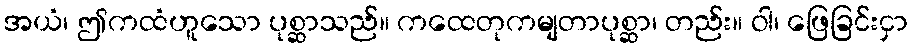
အယံ၊ ဤကထံဟူသော ပုစ္ဆာသည်။ ကထေတုကမျတာပုစ္ဆာ၊ တည်း။ ဝါ၊ ဖြေခြင်းငှာ